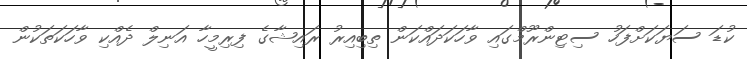
ކުޑަ ސަޔަކަށްފަހު ސިޓިންރޫމްގައި ވާހަކަދައްކަން ތިބިއިރު ރައިޝާގެ ފިރިމީހާ އަނިލް ދެއްކި ވާހަކަތަކުން